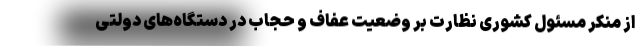
از منکر مسئول کشوری نظارت بر وضعیت عفاف و حجاب در دستگاه‌های دولتی